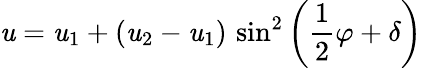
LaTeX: \mathit{u}=\mathit{u}_{1}+\left(\mathit{u}_{2}-\mathit{u}_{1}\right)\, \sin^{2}\left({\frac{{1}}{{2}}}\varphi+\delta\right)